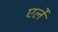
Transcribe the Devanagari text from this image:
एर्ले